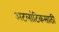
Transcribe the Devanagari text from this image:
अटलांटिकसाठी